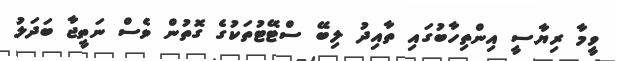
ވީމާ ރިޔާސީ އިންތިހާބުގައި ތާއިދު ލިބޭ ސްޓޭޓުތަކުގެ ގޮތުން ވެސް ނަތީޖާ ބަދަލު